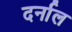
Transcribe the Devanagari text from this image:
दर्नाल